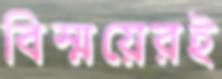
বিস্ময়েরই